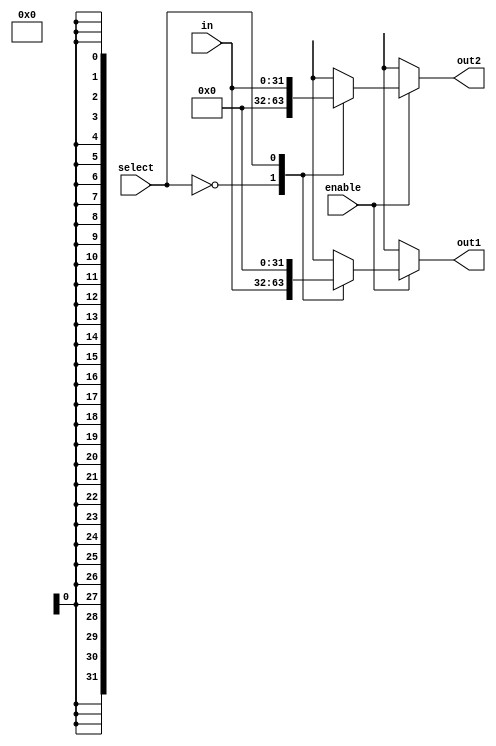
module Demux_1x2_en #(parameter width = 31) (
    //---------------------- Input Ports ----------------------
    input wire [width:0] in,

    input wire select,

    input wire enable,

    //---------------------- Output Ports ----------------------
    output reg [width:0] out1,out2

);
    
//---------------------- Code Start ----------------------
always @ (*)begin
    if(enable)begin
        case (select)
            1'b0: begin
                out1 = in;
                out2 = 0;
            end
            1'b1: begin
                out1 = 0;
                out2 = in;
            end
        endcase
    end
    else begin
        out1 = 1'bx;
        out2 = 1'bx;
    end
end

endmodule